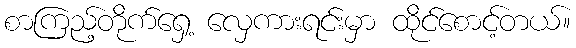
စာကြည့်တိုက်ရှေ့ လှေကားရင်းမှာ ထိုင်စောင့်တယ်။